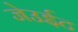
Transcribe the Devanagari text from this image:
जेउईट